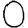
Digit: 0